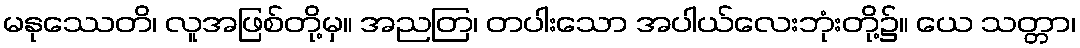
မနုဿေတိ၊ လူအဖြစ်တို့မှ။ အညတြ၊ တပါးသော အပါယ်လေးဘုံးတို့၌။ ယေ သတ္တာ၊